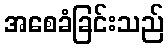
အစေခံခြင်းသည်